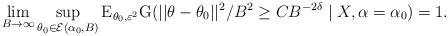
LaTeX: \begin{align*}\lim_{B\to\infty}\sup_{\theta_{0}\in\mathcal{E}(\alpha_{0},B)}\mathrm{E}_{\theta_{0},\varepsilon^{2}}\mathrm{G}(||\theta-\theta_{0}||^{2} /B^2 \geq CB^{-2\delta}\mid X , \alpha=\alpha_{0}) =1.\end{align*}